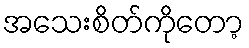
အသေးစိတ်ကိုတော့